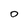
Character: 0